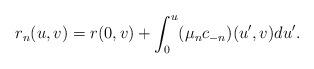
LaTeX: \begin{align*} r_n(u,v)=r(0,v)+\int_0^u(\mu_n c_{-n})(u',v)du'.\end{align*}